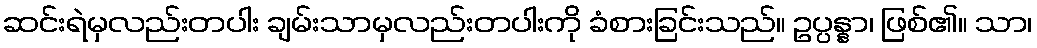
ဆင်းရဲမှလည်းတပါး ချမ်းသာမှလည်းတပါးကို ခံစားခြင်းသည်။ ဥပ္ပန္နာ၊ ဖြစ်၏။ သာ၊